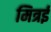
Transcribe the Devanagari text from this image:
मित्रई